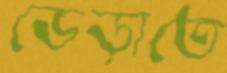
ভেড়াতে